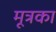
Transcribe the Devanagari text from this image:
मूत्रका